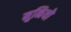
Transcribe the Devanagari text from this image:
मुनियो